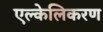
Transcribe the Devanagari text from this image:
एल्केलिकरण